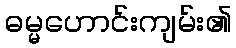
ဓမ္မဟောင်းကျမ်း၏